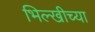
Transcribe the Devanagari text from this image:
भिल्खीच्या